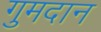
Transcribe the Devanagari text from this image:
गुमदान